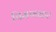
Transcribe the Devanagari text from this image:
चिमणकर